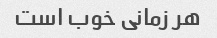
هر زمانی خوب است